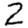
Digit: 2